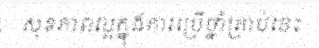
សុខភាពល្អក្នុងការប្រើថ្នាំគ្រាប់នេះ